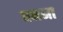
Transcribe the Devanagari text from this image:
घनना